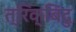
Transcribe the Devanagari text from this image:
त्रिक्‌बिंदु